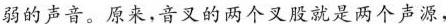
弱的声音。原来，音叉的两个叉股就是两个声源，